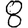
Digit: 8